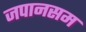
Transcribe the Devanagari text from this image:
जपानसम